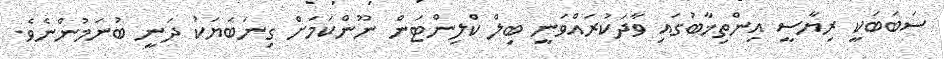
ސަބަބަކީ ރިޔާސީ އިންތިޚާބުގައި ވާދަކުރައްވަނީ ބިލް ކްލިންޓަން ނޫންކަމަށް ގިނަބަޔަކު ދަނީ ބުނަމުންނެވެ.